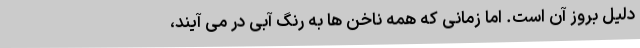
دلیل بروز آن است. اما زمانی که همه ناخن ها به رنگ آبی در می آیند،